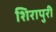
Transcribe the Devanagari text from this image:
शिरापुरी